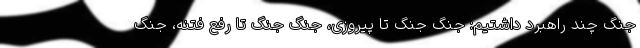
جنگ چند راهبرد داشتیم: جنگ جنگ تا پیروزی، جنگ جنگ تا رفع فتنه، جنگ